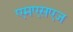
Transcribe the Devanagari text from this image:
एमएसएज